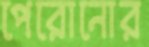
পেরোনোর